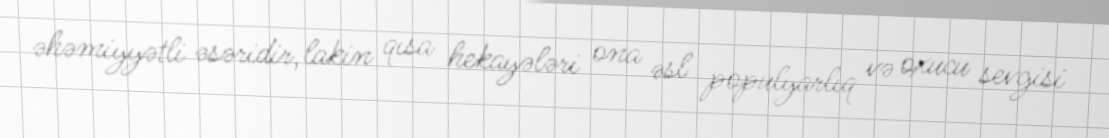
əhəmiyyətli əsəridir, lakin qısa hekayələri ona əsl populyarlıq və oxucu sevgisi